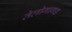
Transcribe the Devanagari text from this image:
तेलीगागड